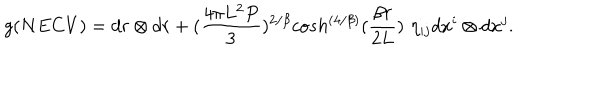
LaTeX: g ( N E C V ) = d r \otimes d r + ( { \frac { 4 \pi L ^ { 2 } P } { 3 } } ) ^ { 2 / \beta } c o s h ^ { \left( { 4 / \beta } \right) } ( { \frac { \beta r } { 2 L } } ) \, \, \eta _ { i j } d x ^ { i } \otimes d x ^ { j } .